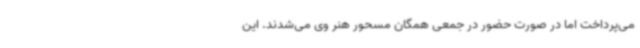
می‌پرداخت اما در صورت حضور در جمعی همگان مسحور هنر وی می‌شدند. این